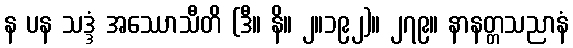
န ပန သဒ္ဒံ အဿောသီတိ (ဒီ။ နိ။ ၂။၁၉၂)။ ၂၇၉။ နာနတ္တသညာနံ